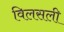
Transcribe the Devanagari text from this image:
विलसली